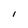
Character: I